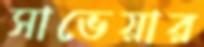
সাভেয়ার